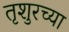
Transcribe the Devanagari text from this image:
तृशुरच्या